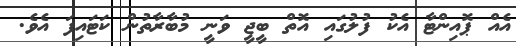
އެއް ޕޮއިންޓާ އެކު ފުލުގައި އޮތް ބީޖީ ވަނީ މުބާރާތުން ކަޓައިފަ އެވެ.